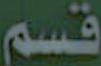
قسم